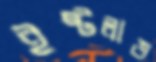
ইষ্টলাভ